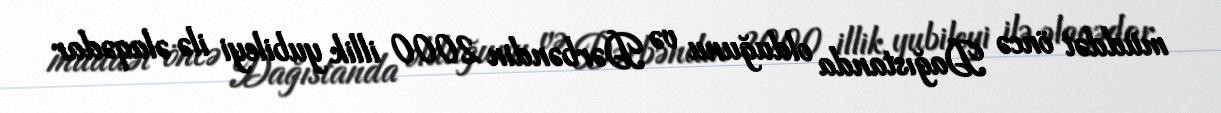
müddət öncə Dağıstanda olduğunu və Dərbəndin 2000 illik yubileyi ilə əlaqədar